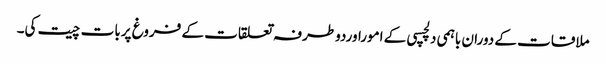
ملاقات کے دوران باہمی دلچسپی کے اموراوردوطرفہ تعلقات کے فروغ پربات چیت کی۔